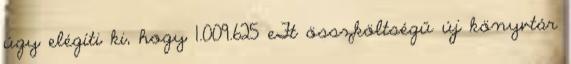
úgy elégíti ki, hogy 1.009.625 eFt összköltségű új könyvtár